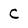
Character: C